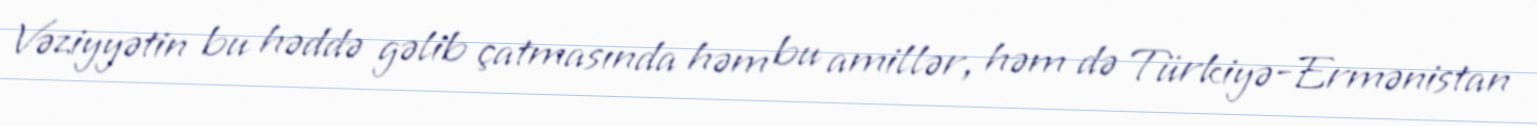
Vəziyyətin bu həddə gəlib çatmasında həm bu amillər, həm də Türkiyə-Ermənistan